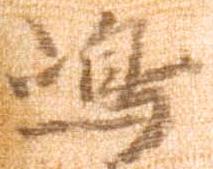
嶋